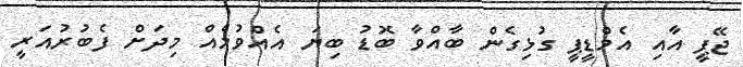
ޖޭޕީ އާއި އެމްޑީޕީ ގުޅިގެން ބާއްވާ ބޮޑު ބިޔަ އެއްވުމެއް މިދަށް ފެބުރުއަރީ